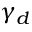
\gamma _ { d }